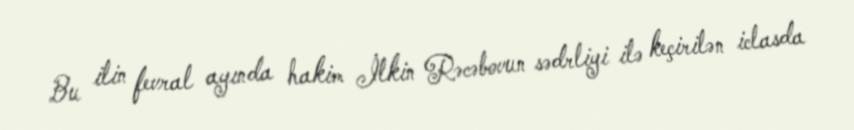
Bu ilin fevral ayında hakim İlkin Rəcəbovun sədrliyi ilə keçirilən iclasda